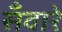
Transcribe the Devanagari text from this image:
सँवारे